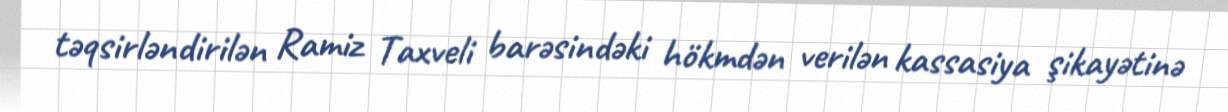
təqsirləndirilən Ramiz Taxveli barəsindəki hökmdən verilən kassasiya şikayətinə